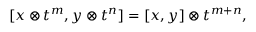
\lbrack x \otimes t ^ { m } , y \otimes t ^ { n } ] = [ x , y ] \otimes t ^ { m + n } ,